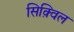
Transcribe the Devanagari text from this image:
सिक़्विल